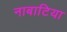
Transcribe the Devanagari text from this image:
नाबाटिया